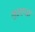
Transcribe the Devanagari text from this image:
लुइसच्या